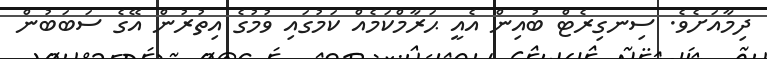
ދިމާއަށެވެ. ސިނގިރެޓް ބުއިން އެއީ ޙަރާމްކަމެއް ކަމުގައި ވުމުގެ އިތުރުން އޭގެ ސަބަބުން